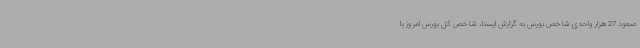
صعود 27 هزار واحدی شاخص بورس به گزارش ایسنا، شاخص کل بورس امروز با